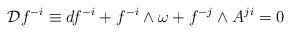
LaTeX: \begin{align*} {\cal D} f^{-i} \equiv d f^{-i} + f^{-i} \wedge \omega + f^{-j} \wedge A^{ji} = 0\end{align*}